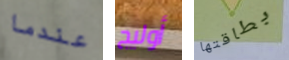
عندما أوليج بطاقتها